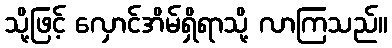
သို့ဖြင့် လှောင်အိမ်ရှိရာသို့ လာကြသည်။